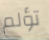
تؤلم